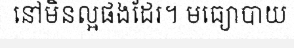
នៅមិនល្អផងដែរ។ មធ្យោបាយ